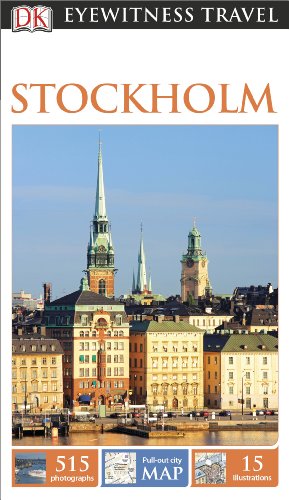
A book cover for DK Eyewitness Travel Guide: Stockholm; DK Publishing; Travel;